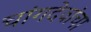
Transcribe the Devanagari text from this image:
चांगदेवांचा